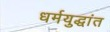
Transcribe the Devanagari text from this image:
धर्मयुद्धांत